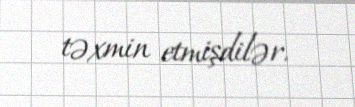
təxmin etmişdilər.